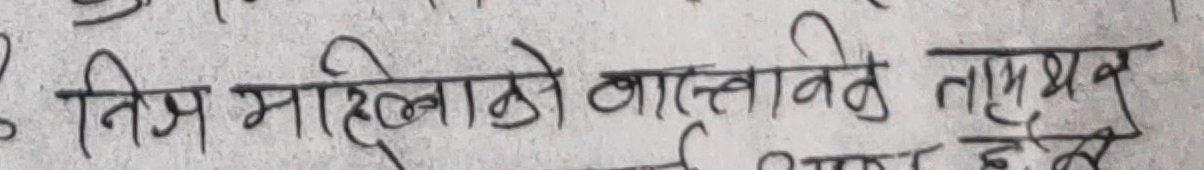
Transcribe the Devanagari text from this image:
२. निज महिलाको वास्तविक लाभभूक्त